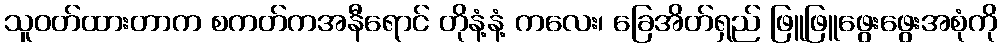
သူဝတ်ထားတာက စကတ်ကအနီရောင် တိုနံ့နံ့ ကလေး၊ ခြေအိတ်ရှည် ဖြူဖြူဖွေးဖွေးအစုံကို